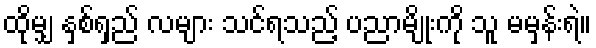
ထိုမျှ နှစ်ရှည် လများ သင်ရသည့် ပညာမျိုးကို သူ မမှန်းရဲ။